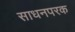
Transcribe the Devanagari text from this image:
साधनपरक